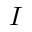
I